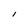
Character: I